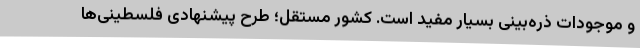
و موجودات ذره‌بینی بسیار مفید است. کشور مستقل؛ طرح پیشنهادی فلسطینی‌ها